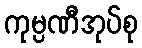
ကုမ္ပဏီအုပ်စု